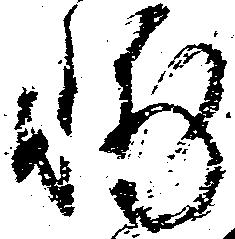
輔